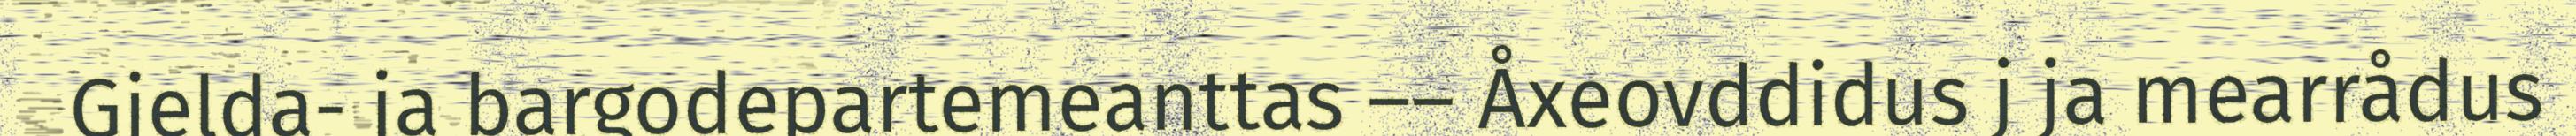
Gielda- ja bargodepartemeanttas –– Åxeovddidus j ja mearrådus